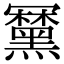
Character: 𪒍